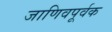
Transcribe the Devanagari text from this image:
जाणिवपूर्वक